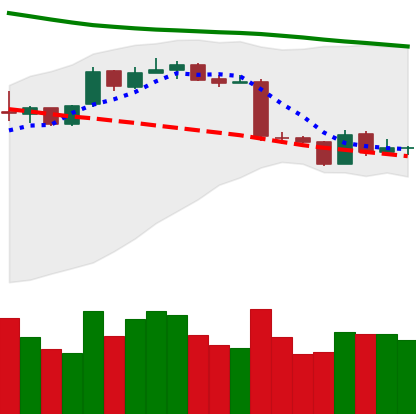
Ticker: ETH-USD
Chart end date: 2019-01-17
Forward return: -4.036%
Label: down_3_5